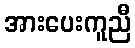
အားပေးကူညီ